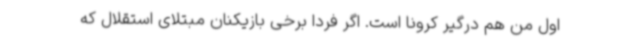
اول من هم درگیر کرونا است. اگر فردا برخی بازیکنان مبتلای استقلال که